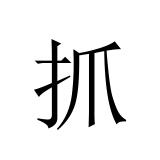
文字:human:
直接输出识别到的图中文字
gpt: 抓